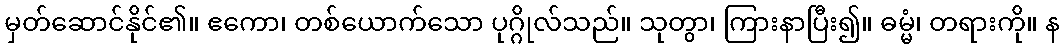
မှတ်ဆောင်နိုင်၏။ ဧကော၊ တစ်ယောက်သော ပုဂ္ဂိုလ်သည်။ သုတွာ၊ ကြားနာပြီး၍။ ဓမ္မံ၊ တရားကို။ န